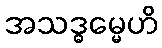
အသဒ္ဓမ္မေဟိ